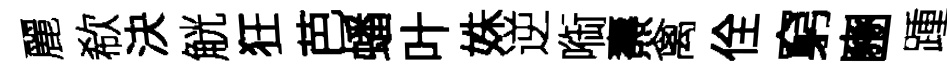
麗欷決觥狂芭蟠叶姝逆㗸燾禽佺窮豳踵